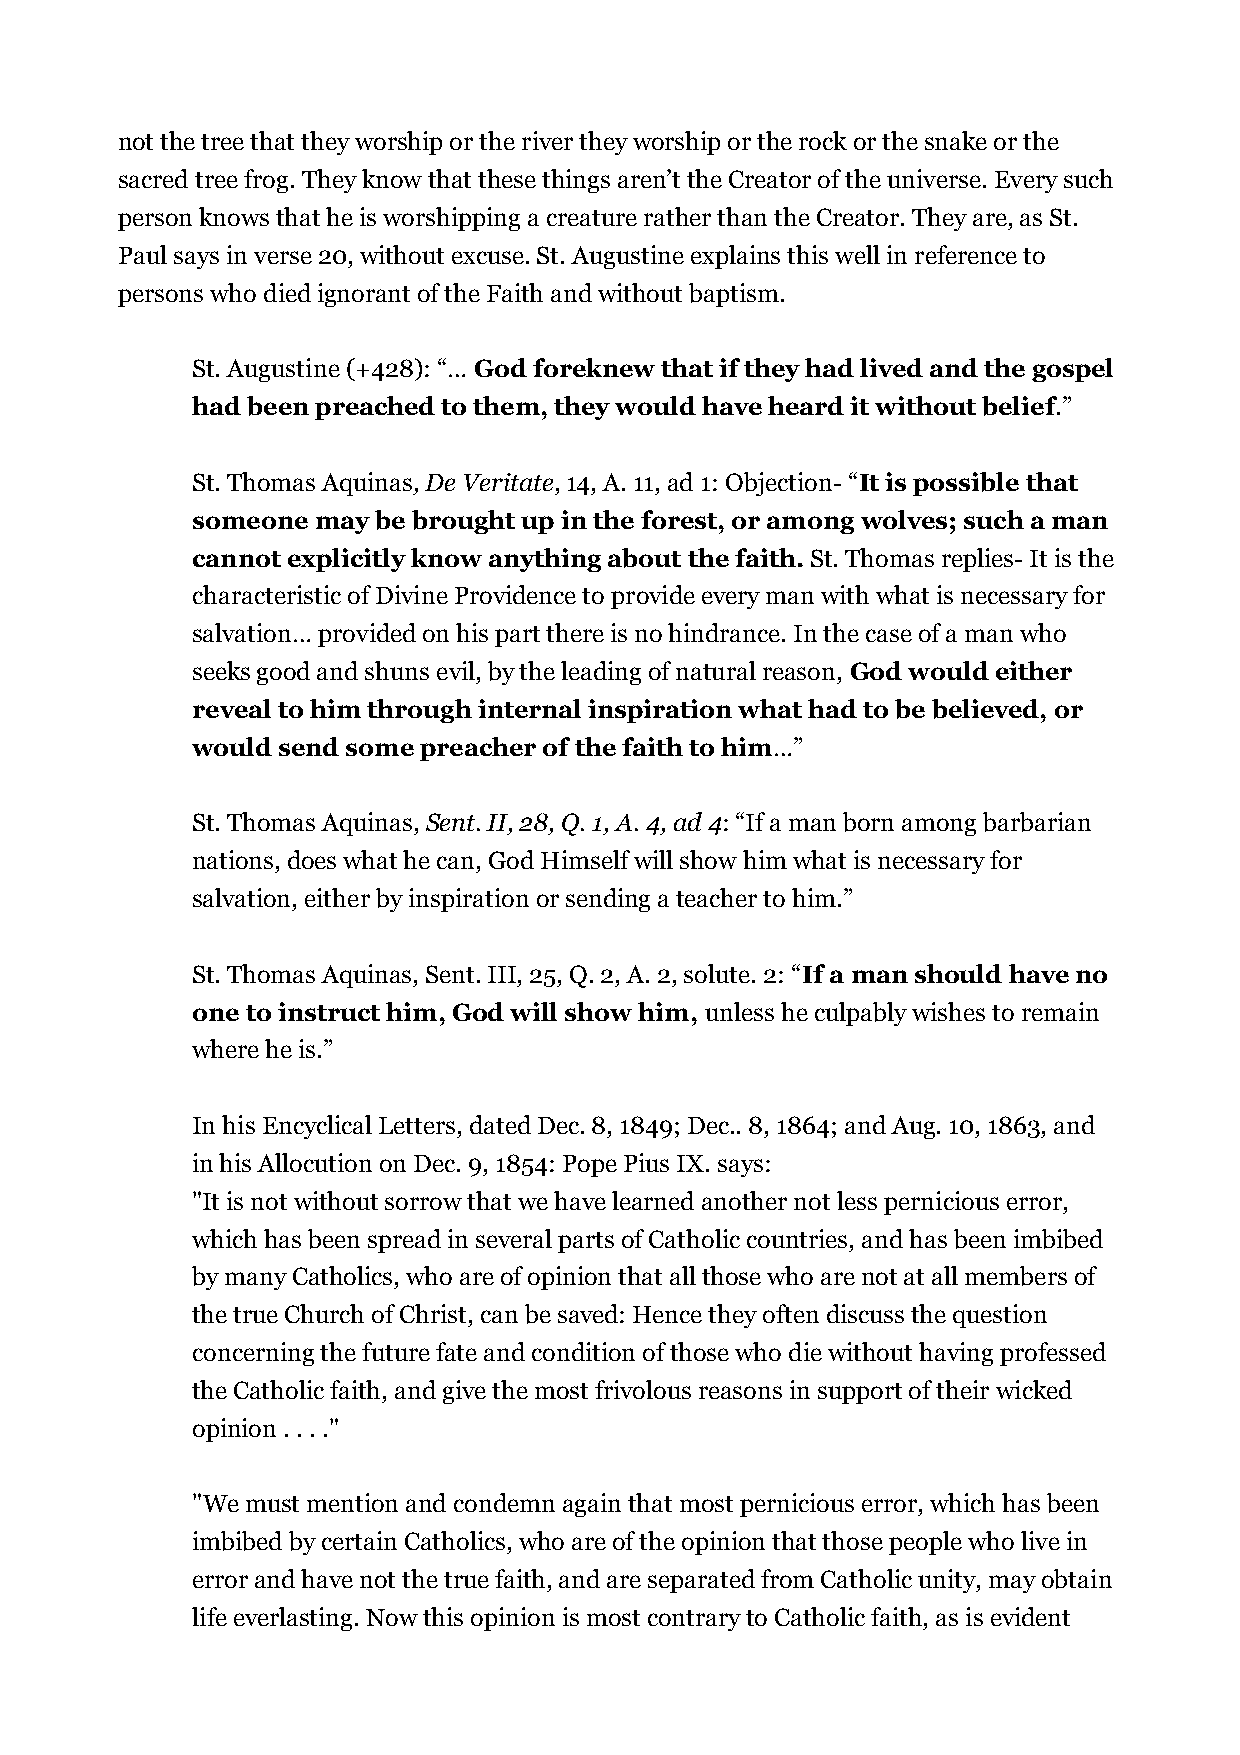
not the tree that they worship or the river they worship or the rock or the snake or the
 sacred tree frog. They know that these things aren’t the Creator of the universe. Every such
 person knows that he is worshipping a creature rather than the Creator. They are, as St.
 Paul says in verse 20, without excuse. St. Augustine explains this well in reference to
 persons who died ignorant of the Faith and without baptism.
 St. Augustine (+428): “… God foreknew that if they had lived and the gospel
 had been preached to them, they would have heard it without belief.”
 St. Thomas Aquinas, De Veritate, 14, A. 11, ad 1: Objection- “It is possible that
 someone may be brought up in the forest, or among wolves; such a man
 cannot explicitly know anything about the faith. St. Thomas replies- It is the
 characteristic of Divine Providence to provide every man with what is necessary for
 salvation… provided on his part there is no hindrance. In the case of a man who
 seeks good and shuns evil, by the leading of natural reason, God would either
 reveal to him through internal inspiration what had to be believed, or
 would send some preacher of the faith to him…”
 St. Thomas Aquinas, Sent. II, 28, Q. 1, A. 4, ad 4: “If a man born among barbarian
 nations, does what he can, God Himself will show him what is necessary for
 salvation, either by inspiration or sending a teacher to him.”
 St. Thomas Aquinas, Sent. III, 25, Q. 2, A. 2, solute. 2: “If a man should have no
 one to instruct him, God will show him, unless he culpably wishes to remain
 where he is.”
 In his Encyclical Letters, dated Dec. 8, 1849; Dec.. 8, 1864; and Aug. 10, 1863, and
 in his Allocution on Dec. 9, 1854: Pope Pius IX. says:
 "It is not without sorrow that we have learned another not less pernicious error,
 which has been spread in several parts of Catholic countries, and has been imbibed
 by many Catholics, who are of opinion that all those who are not at all members of
 the true Church of Christ, can be saved: Hence they often discuss the question
 concerning the future fate and condition of those who die without having professed
 the Catholic faith, and give the most frivolous reasons in support of their wicked
 opinion . . . ."
 "We must mention and condemn again that most pernicious error, which has been
 imbibed by certain Catholics, who are of the opinion that those people who live in
 error and have not the true faith, and are separated from Catholic unity, may obtain
 life everlasting. Now this opinion is most contrary to Catholic faith, as is evident